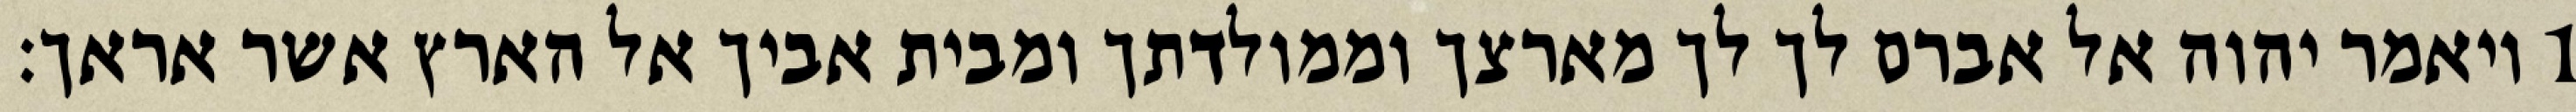
1 ויאמר יהוה אל אברם לך לך מארצך וממולדתך ומבית אביך אל הארץ אשר אראך׃